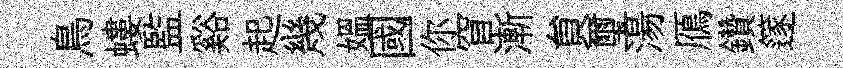
鳥螻監谿起幾媪國你窅漸貟璽湯鴈鑽篴